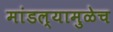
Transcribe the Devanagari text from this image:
मांडल्यामुळेच